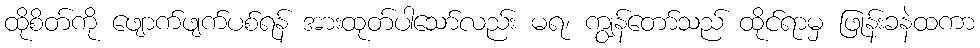
ထိုစိတ်ကို ဖျောက်ဖျက်ပစ်ရန် အားထုတ်ပါသော်လည်း မရ၊ ကျွန်တော်သည် ထိုင်ရာမှ ဖြုန်းခနဲထကာ